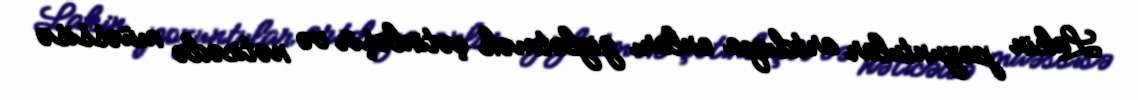
Lakin pozuntular artdıqca onları gizlətmək çətinləşir və nəticədə müəssisə